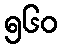
၅၆၀